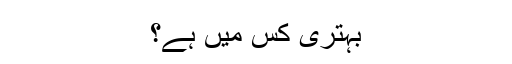
بہتری کس میں ہے؟